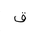
Letter: _qaf